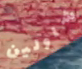
شاولين